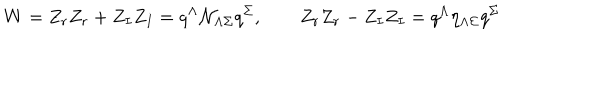
W = Z _ { r } Z _ { r } + Z _ { I } Z _ { I } = q ^ { \Lambda } \mathcal { N } _ { \Lambda \Sigma } q ^ { \Sigma } , \qquad Z _ { r } Z _ { r } - Z _ { I } Z _ { I } = q ^ { \Lambda } \eta _ { \Lambda \Sigma } q ^ { \Sigma }